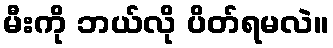
မီးကို ဘယ်လို ပိတ်ရမလဲ။